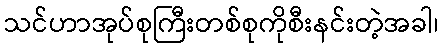
သင်ဟာအုပ်စုကြီးတစ်စုကိုစီးနင်းတဲ့အခါ၊